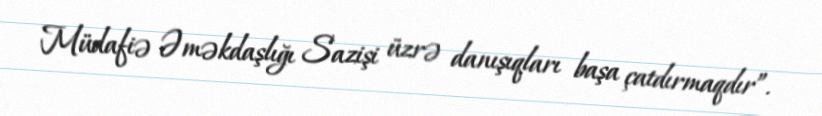
Müdafiə Əməkdaşlığı Sazişi üzrə danışıqları başa çatdırmaqdır”.